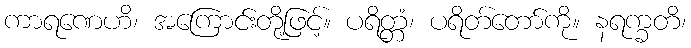
ကာရဏေဟိ၊ အကြောင်းတို့ဖြင့်။ ပရိတ္တံ၊ ပရိတ်တော်ကို။ နရက္ခတိ၊